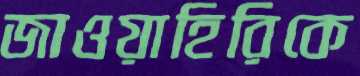
জাওয়াহিরিকে